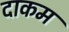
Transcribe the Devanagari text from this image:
दाकम